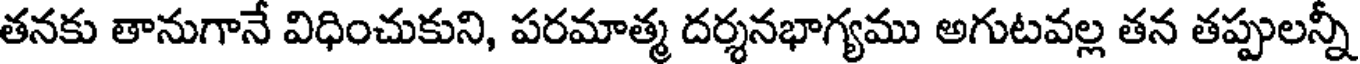
తనకు తానుగానే విధించుకుని, పరమాత్మ దర్శనభాగ్యము అగుటవల్ల తన తప్పులన్నీ